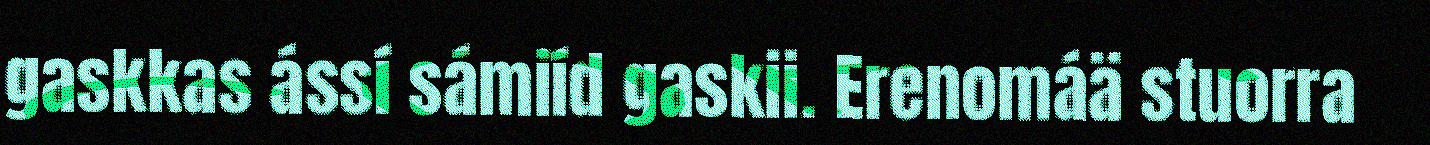
gaskkas ássí sámiíd gaskii. Erenomáä stuorra